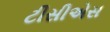
ટીસીએસ